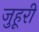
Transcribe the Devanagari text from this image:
जुहूरी